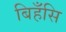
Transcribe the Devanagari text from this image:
बिहँसि